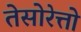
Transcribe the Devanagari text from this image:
तेसोरेत्तो